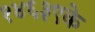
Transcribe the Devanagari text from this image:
१४६३९के